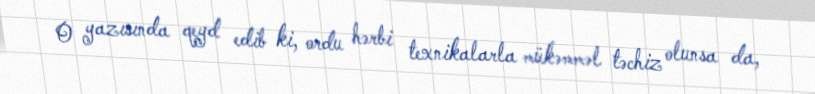
O yazısında qeyd edib ki, ordu hərbi texnikalarla mükəmməl təchiz olunsa da,